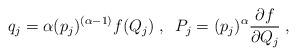
LaTeX: \begin{align*}q_j = \alpha ({p_j})^{( \alpha - 1 )} f( Q_j )\; , \; \;P_j = ({p_j})^\alpha \frac{ \partial f}{ \partial Q_j} \; ,\end{align*}